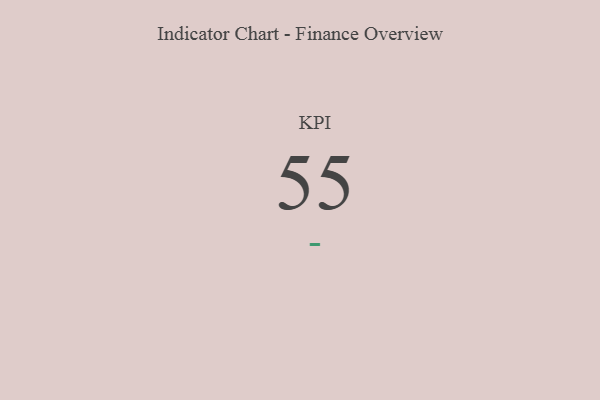
{"axis": {"x": "KPI", "y": "Value"}, "legend": [""], "data": [{"x": "KPI", "y": 55, "type": ""}]}